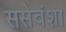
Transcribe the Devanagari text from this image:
ससेवंशा